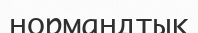
нормандтық